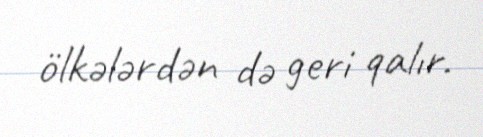
ölkələrdən də geri qalır.